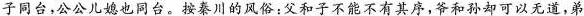
子同台,公公儿媳也同台。按秦川的风俗:父和子不能不有其序,爷和孙却可以无道,弟